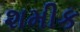
શમીક